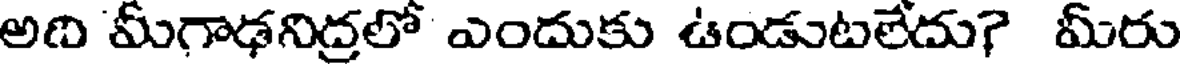
అది మీగాఢనిద్రలో ఎందుకు ఉండుటలేదు? మీరు